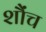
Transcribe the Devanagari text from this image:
शौंच